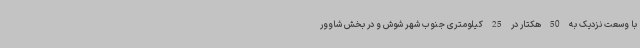
با وسعت نزدیک به 50 هکتار در 25 کیلومتری جنوب شهر شوش و در بخش شاوور